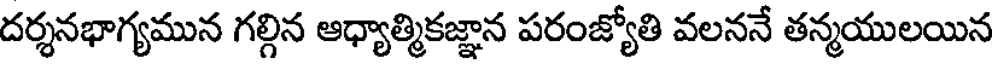
దర్శనభాగ్యమున గల్గిన ఆధ్యాత్మికజ్ఞాన పరంజ్యోతి వలననే తన్మయులయిన